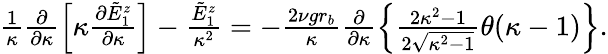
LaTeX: \begin{array}{r}{\frac{1}{\kappa}\frac{\partial}{\partial\kappa}\left[\kappa\frac{\partial\tilde{E}_{1}^{z}}{\partial\kappa}\right]-\frac{\tilde{E}_{1}^{z}}{\kappa^{2}}=-\frac{2\nu gr_{b}}{\kappa}\frac{\partial}{\partial\kappa}\left\{ \frac{2\kappa^{2}-1}{2\sqrt{\kappa^{2}-1}}\theta(\kappa-1)\right\} .}\end{array}